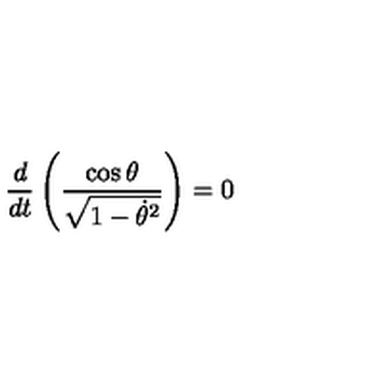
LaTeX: \frac { d } { d t } \left( \frac { \cos \theta } { \sqrt { 1 - \dot { \theta } ^ { 2 } } } \right) = 0